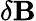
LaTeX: \delta\textbf{B}